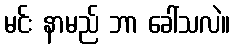
မင်း နာမည် ဘာ ခေါ်သလဲ။